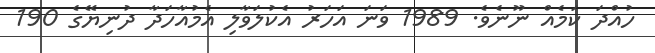
ހުއްދަ ކަމެއް ނޫނެވެ. 1989 ވަނަ އަހަރު އެކުލަވާލި އެމުއާހަދާ ދުނިޔޭގެ 190